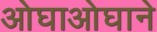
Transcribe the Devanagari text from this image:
ओघाओघाने